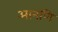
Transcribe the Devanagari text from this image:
आनणि